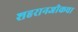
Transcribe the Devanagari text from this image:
शहरानजीकचा